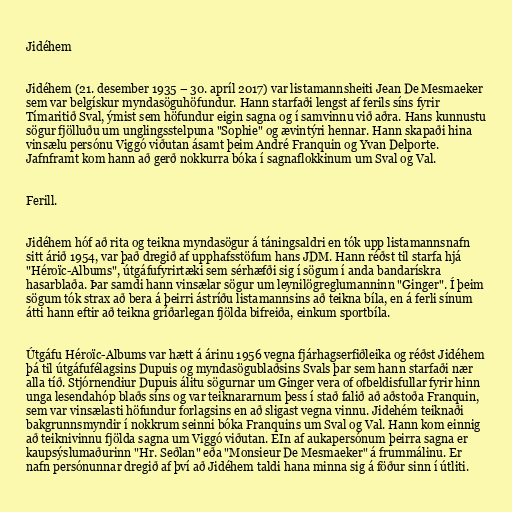
Jidéhem

Jidéhem (21. desember 1935 – 30. apríl 2017) var listamannsheiti Jean De Mesmaeker
sem var belgískur myndasöguhöfundur. Hann starfaði lengst af ferils síns fyrir
Tímaritið Sval, ýmist sem höfundur eigin sagna og í samvinnu við aðra. Hans kunnustu
sögur fjölluðu um unglingsstelpuna "Sophie" og ævintýri hennar. Hann skapaði hina
vinsælu persónu Viggó viðutan ásamt þeim André Franquin og Yvan Delporte.
Jafnframt kom hann að gerð nokkurra bóka í sagnaflokkinum um Sval og Val.

Ferill.

Jidéhem hóf að rita og teikna myndasögur á táningsaldri en tók upp listamannsnafn
sitt árið 1954, var það dregið af upphafsstöfum hans JDM. Hann réðst til starfa hjá
"Héroïc-Albums", útgáfufyrirtæki sem sérhæfði sig í sögum í anda bandarískra
hasarblaða. Þar samdi hann vinsælar sögur um leynilögreglumanninn "Ginger". Í þeim
sögum tók strax að bera á þeirri ástríðu listamannsins að teikna bíla, en á ferli sínum
átti hann eftir að teikna gríðarlegan fjölda bifreiða, einkum sportbíla.

Útgáfu Héroïc-Albums var hætt á árinu 1956 vegna fjárhagserfiðleika og réðst Jidéhem
þá til útgáfufélagsins Dupuis og myndasögublaðsins Svals þar sem hann starfaði nær
alla tíð. Stjórnendiur Dupuis álitu sögurnar um Ginger vera of ofbeldisfullar fyrir hinn
unga lesendahóp blaðs síns og var teiknararnum þess í stað falið að aðstoða Franquin,
sem var vinsælasti höfundur forlagsins en að sligast vegna vinnu. Jidehém teiknaði
bakgrunnsmyndir í nokkrum seinni bóka Franquins um Sval og Val. Hann kom einnig
að teiknivinnu fjölda sagna um Viggó viðutan. EIn af aukapersónum þeirra sagna er
kaupsýslumaðurinn "Hr. Seðlan" eða "Monsieur De Mesmaeker" á frummálinu. Er
nafn persónunnar dregið af því að Jidéhem taldi hana minna sig á föður sinn í útliti.